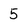
Character: 5